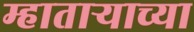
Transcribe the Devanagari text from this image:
म्हाताऱ्याच्या